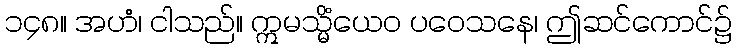
၁၄၈။ အဟံ၊ ငါသည်။ ဣမသ္မိံယေဝ ပဝေသနေ၊ ဤဆင်ကောင်၌